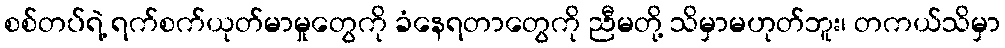
စစ်တပ်ရဲ့ ရက်စက်ယုတ်မာမှုတွေကို ခံနေရတာတွေကို ညီမတို့ သိမှာမဟုတ်ဘူး၊ တကယ်သိမှာ